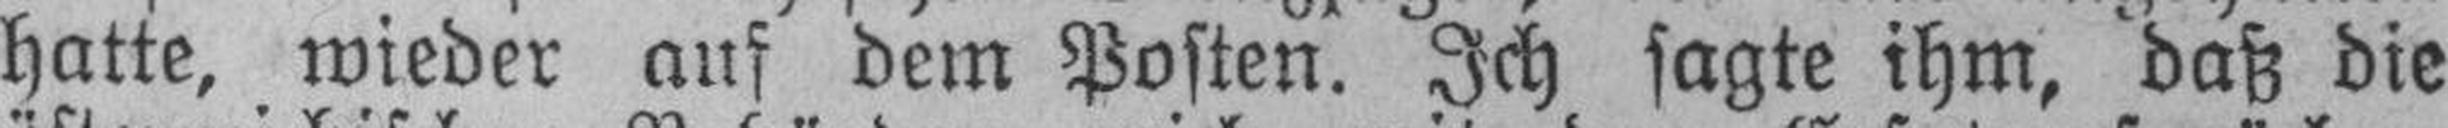
hatte, wieder auf dem Posten. Ich sagte ihm, daß die